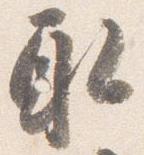
取